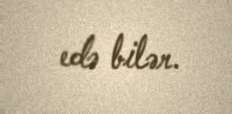
edə bilər.